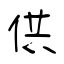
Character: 供